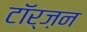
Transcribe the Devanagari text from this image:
टॉर्ज़न